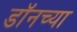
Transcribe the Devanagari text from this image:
डॉनच्या